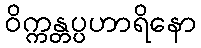
ဝိက္ကန္တပ္ပဟာရိနော